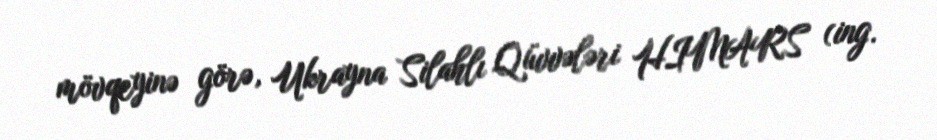
mövqeyinə görə, Ukrayna Silahlı Qüvvələri HIMARS (ing.